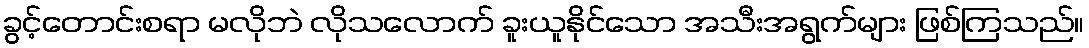
ခွင့်တောင်းစရာ မလိုဘဲ လိုသလောက် ခူးယူနိုင်သော အသီးအရွက်များ ဖြစ်ကြသည်။